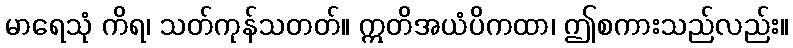
မာရေသုံ ကိရ၊ သတ်ကုန်သတတ်။ ဣတိအယံပိကထာ၊ ဤစကားသည်လည်း။